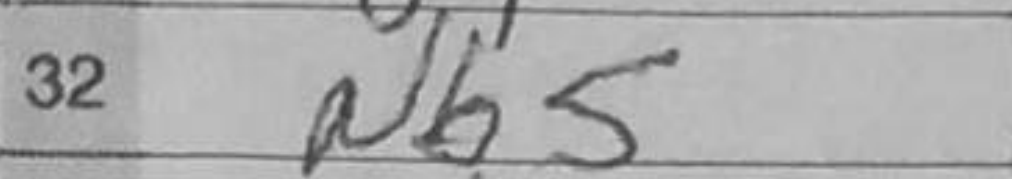
Transcription: Nb5